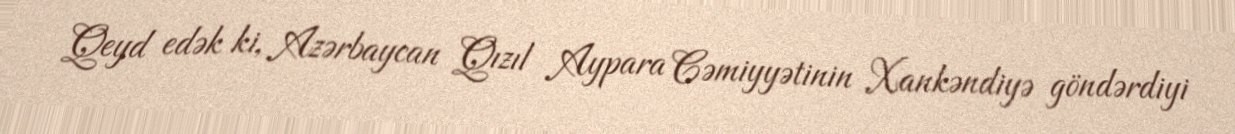
Qeyd edək ki, Azərbaycan Qızıl Aypara Cəmiyyətinin Xankəndiyə göndərdiyi